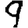
Digit: 9